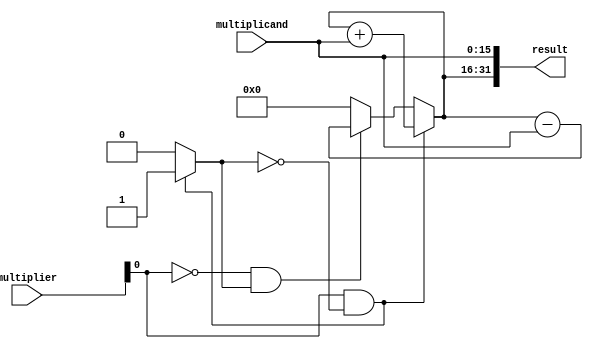
module booth_multiplier(
  input [15:0] multiplicand,
  input [15:0] multiplier,
  output reg [31:0] result
);

reg [15:0] partial_product;
reg [4:0] count;
reg control;

always @ (multiplicand or multiplier) begin
  partial_product <= 16'b0;
  count <= 5'd0;
  control <= 1'b0;
  result <= 32'b0;
  
  repeat(16) begin
    if (multiplier[0] == 1 && control == 0) begin
      partial_product <= partial_product + multiplicand;
      control <= 1'b1;
    end
    else if (multiplier[0] == 0 && control == 1) begin
      partial_product <= partial_product - multiplicand;
      control <= 1'b0;
    end
    
    multiplier <= {multiplier[14:0], multiplier[15]};
  end
  
  result <= {partial_product, multiplicand};
end

endmodule